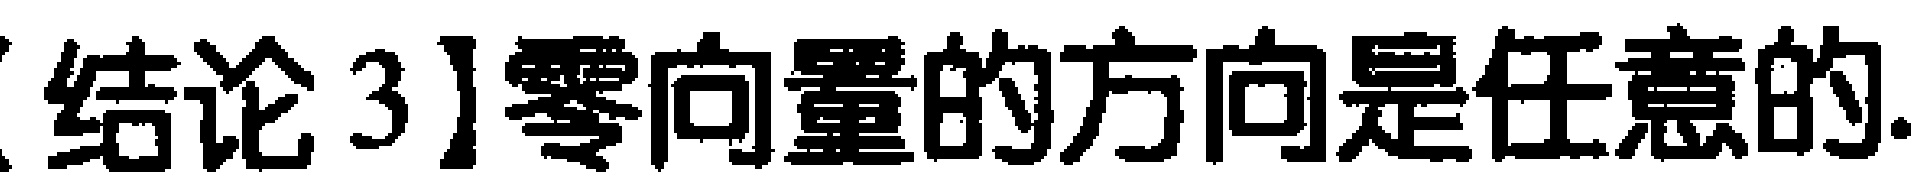
【结论 3】零向量的方向是任意的.